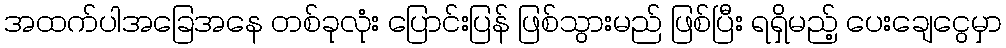
အထက်ပါအခြေအနေ တစ်ခုလုံး ပြောင်းပြန် ဖြစ်သွားမည် ဖြစ်ပြီး ရရှိမည့် ပေးချေငွေမှာ